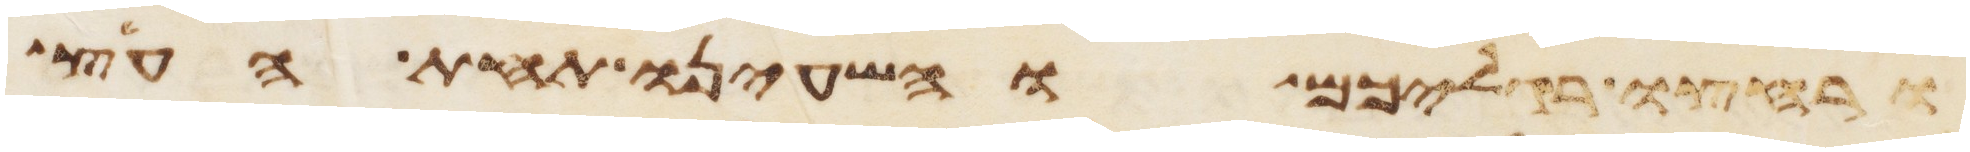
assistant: ורחצו רגליכם והשעינו תחת העץ